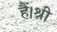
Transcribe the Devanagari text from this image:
हैं।श्री